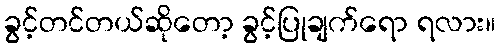
ခွင့်တင်တယ်ဆိုတော့ ခွင့်ပြုချက်ရော ရလား။